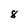
Character: 8